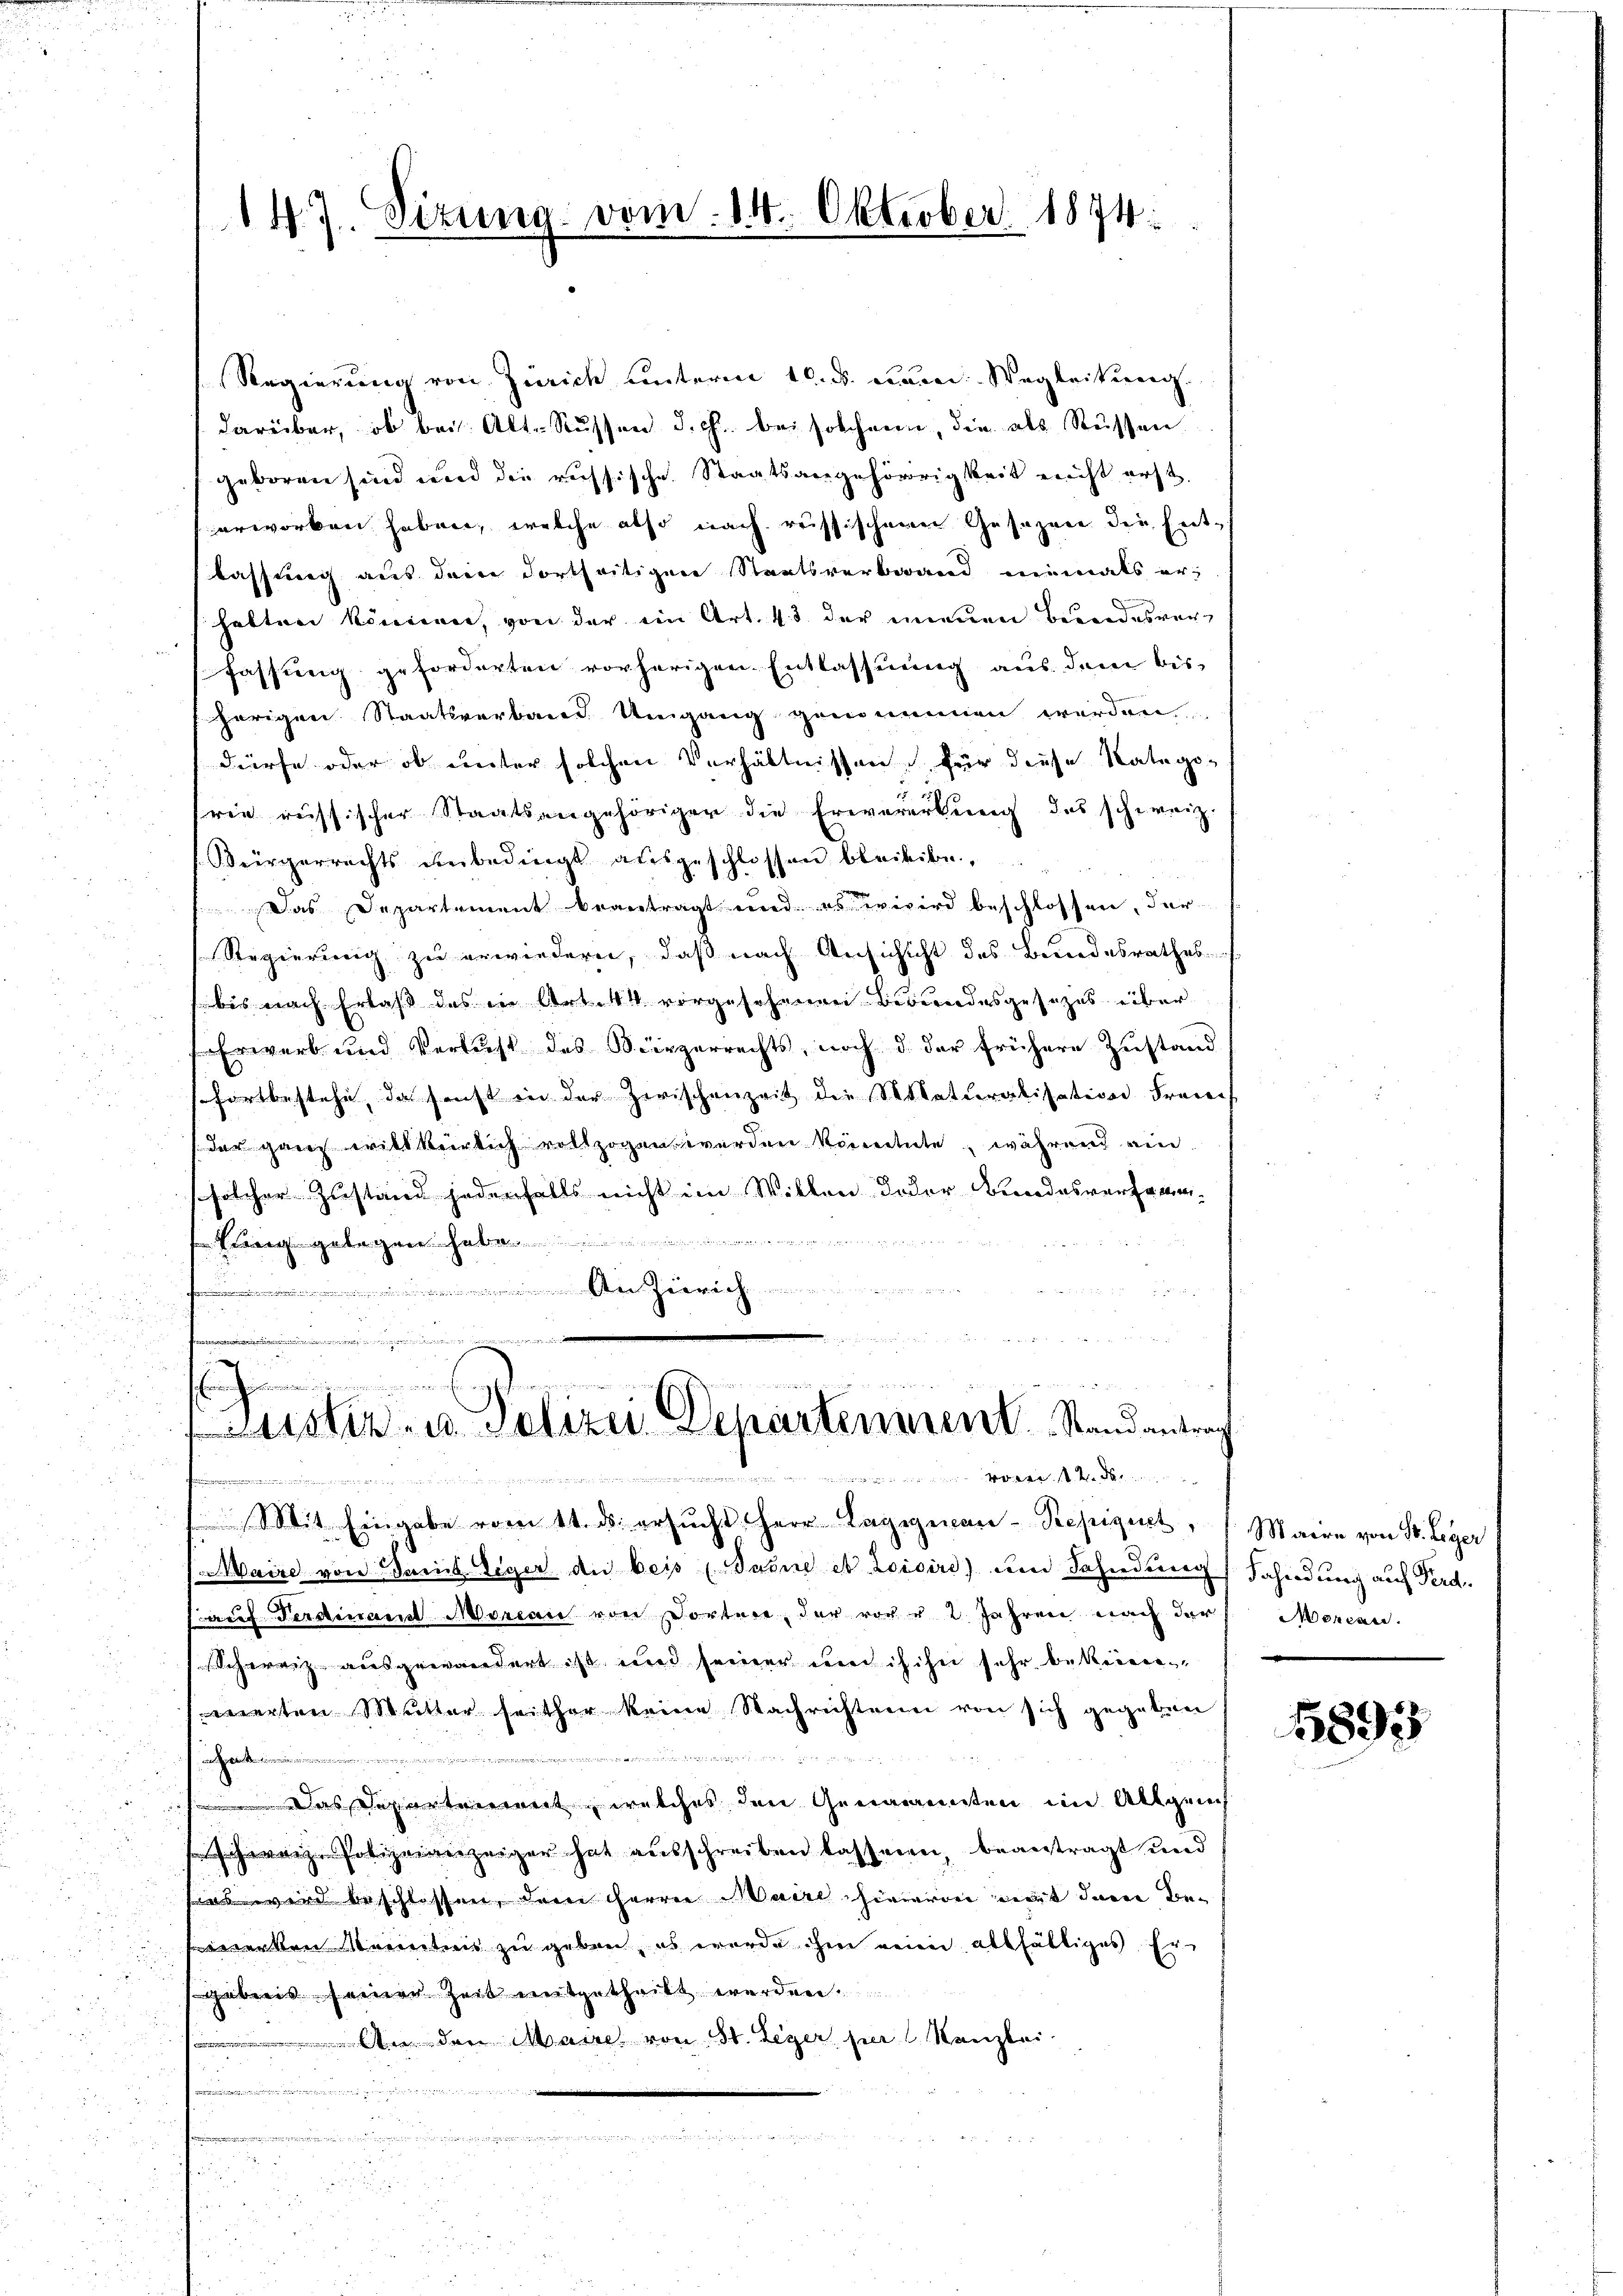
147. Sizung vom 14. Oktober 1874.

Regierung von Zürich unterm 10. d. dem Wegleitung.
darüber, ob bei: Alt-Russen d. J. bei solchen, die als Rüssen
geboren sind und die russische Staatsangehörigkeit nicht erst,
erworben haben, welche also nach russischen Gesezen die Entlassung aus den dortseitiger Staatsverbrand niemals erhalten können, von der ein Art. 43 der neuen Bundesver-
fassung geforderten vorherigen Entlassung aus dem bis-
herigen Staatsverband. Umgang genommen worden,
dürfe oder ob unter solchen Verhältnissen, für diese Katego-
15
rie russischer Staatsangehöriger die Erwererkung des schweiz.
Bürgerrechts unbedingt ausgeschlossen bleibibe,
Das Departement beantragt und es wird beschlossen, der
Regierung zu erwiedern, daß nach Ansichicht des Bundesrathes
bis nach Erlaß des in Art. 44 vorgesehenen Bewundesgesezes über
Erwarb und Verlust des Bürgerrechts, noch d. der frühere Zustand
sfortbestehe, da sonst in der Zwischenzeit die Wikaturalisation Fraue
der ganz willkürlich vollzogen werden könntete, während ein
solcher Zustand jedenfalls nicht im Willen oder Bundesversamm¬

 gelegen habe
d
.
u
oie einer den
n
wiese an der den in der dem
.
Lister- u Polizei Departenment. Randantrag

.
eier eingen in einen werden kannte in

Mit Eingabe vom 11. ds. ersucht, Herr Lagignan-Repiguet, Maire von St. Leger
Maire von Turichtiger die beis (Saone et loisire) um Schiedung Sahindung auf Ferd
auf Ferdinant Marcan von Dortare der vor u 2. Jahren nach der Morden.
Schweiz ausgewandert ist und seiner und ich ihn sehr bekennen
werten Mutter seither keine Nachrichtene von sich gegeben
.
un parentiren
Das Departenwert welches den Generannten im Allgrich
schweige Polizeiverzeiger hat ausschreiben lassen, beantragt und
as wird beschlossen, dem herren Maire hievon mit darin Be¬
2
sewerben Kenntnis zu geben, es wurde ihm rein allfälliges Ergebens seiner Zeit mitgetheilt werden.
 An den Maire von St. Leger per Kanzlei-

u

e

1893